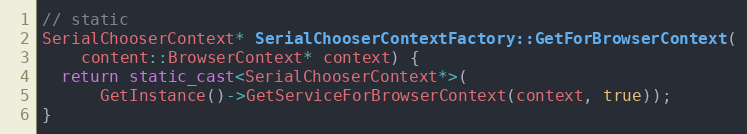
Language: C++
// static
SerialChooserContext* SerialChooserContextFactory::GetForBrowserContext(
    content::BrowserContext* context) {
  return static_cast<SerialChooserContext*>(
      GetInstance()->GetServiceForBrowserContext(context, true));
}